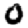
Digit: 0